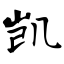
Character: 凯